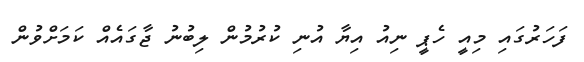
ފަހަރުގައި މިއީ ހެޕީ ނިއު އިޔާ އުނި ކުރުމުން ލިބުނު ޖާގައެއް ކަމަށްވުން